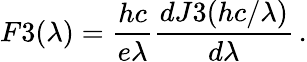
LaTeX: F3(\lambda)=\frac{hc}{e\lambda}\frac{dJ3(hc/\lambda)}{d\lambda}\, .